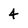
Character: 4